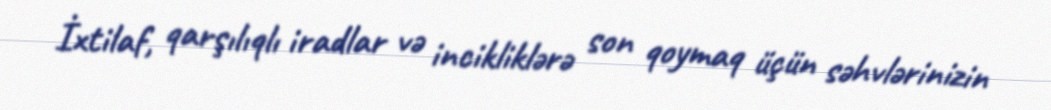
İxtilaf, qarşılıqlı iradlar və incikliklərə son qoymaq üçün səhvlərinizin